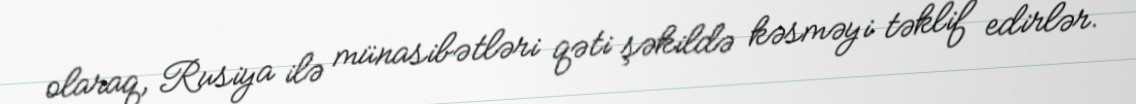
olaraq, Rusiya ilə münasibətləri qəti şəkildə kəsməyi təklif edirlər.